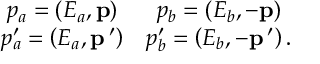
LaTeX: \begin{array} { c c } { { p _ { a } = \left( E _ { a } , { \bf p } \right) } } & { { p _ { b } = \left( E _ { b } , - { \bf p } \right) } } \\ { { p _ { a } ^ { \prime } = \left( E _ { a } , { \bf p } \, { } ^ { \prime } \right) } } & { { p _ { b } ^ { \prime } = \left( E _ { b } , - { \bf p } \, { } ^ { \prime } \right) . } } \end{array}